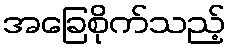
အခြေစိုက်သည့်